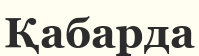
Қабарда